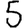
Digit: 5